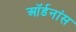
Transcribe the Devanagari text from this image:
ऑर्डनांस